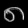
Digit: ၈